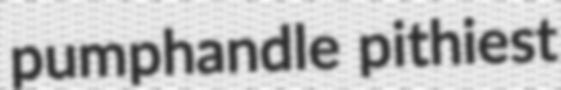
pumphandle pithiest